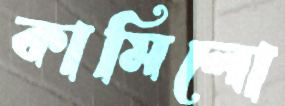
কামিলো